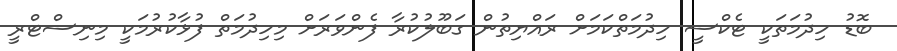
ބޮޑު ހިދުމަތަކީ ޓެކްސީ ހިދުމަތްކަމަށް ރައްޔިތުން ގަބޫލުކުރާ ފެންވަރަށް މިހިދުމަތް ފުޅާކުރުމަކީ މިނިސްޓްރީ